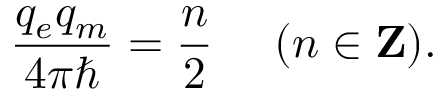
{ \frac { q _ { e } q _ { m } } { 4 \pi \hbar } } = { \frac { n } { 2 } } \ \ \ \ ( n \in { \bf Z } ) .